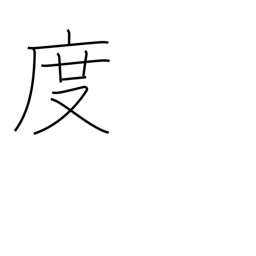
Meaning: degrees